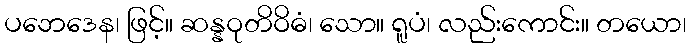
ပဘေဒေန၊ ဖြင့်။ ဆန္နဝုတိဝိဓံ၊ သော။ ရူပံ၊ လည်းကောင်း။ တယော၊